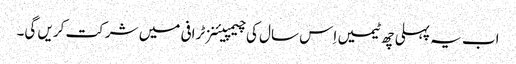
اب یہ پہلی چھ ٹیمیں اِس سال کی چیمپیئنز ٹرافی میں شرکت کریں گی۔